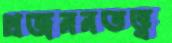
প্রজননতত্ত্ব